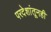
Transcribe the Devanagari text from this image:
परदेशांतूनही